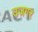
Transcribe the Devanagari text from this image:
उजगर